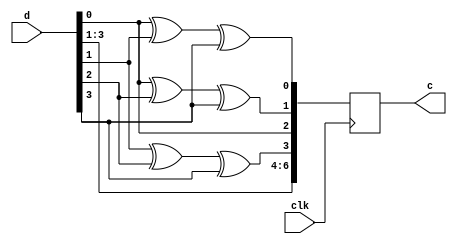
module bin_hamming(clk,d,c);
input clk;
input [4:1] d;
output reg [7:1] c;
always @ (posedge clk)

begin
c[7]=d[4];
c[6]=d[3];
c[5]=d[2];
c[4]=d[2]^d[3]^d[4];
c[3]=d[1];
c[2]=d[1]^d[3]^d[4];
c[1]=d[1]^d[2]^d[4];
end
endmodule